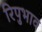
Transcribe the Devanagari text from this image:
रिपुभाव